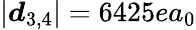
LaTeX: \left|\boldsymbol d_{3,4}\right|=6425ea_{0}